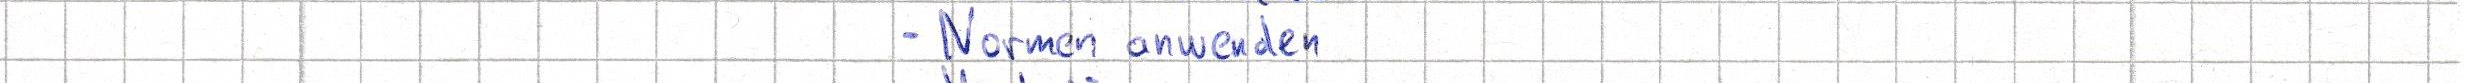
- Normen anwenden